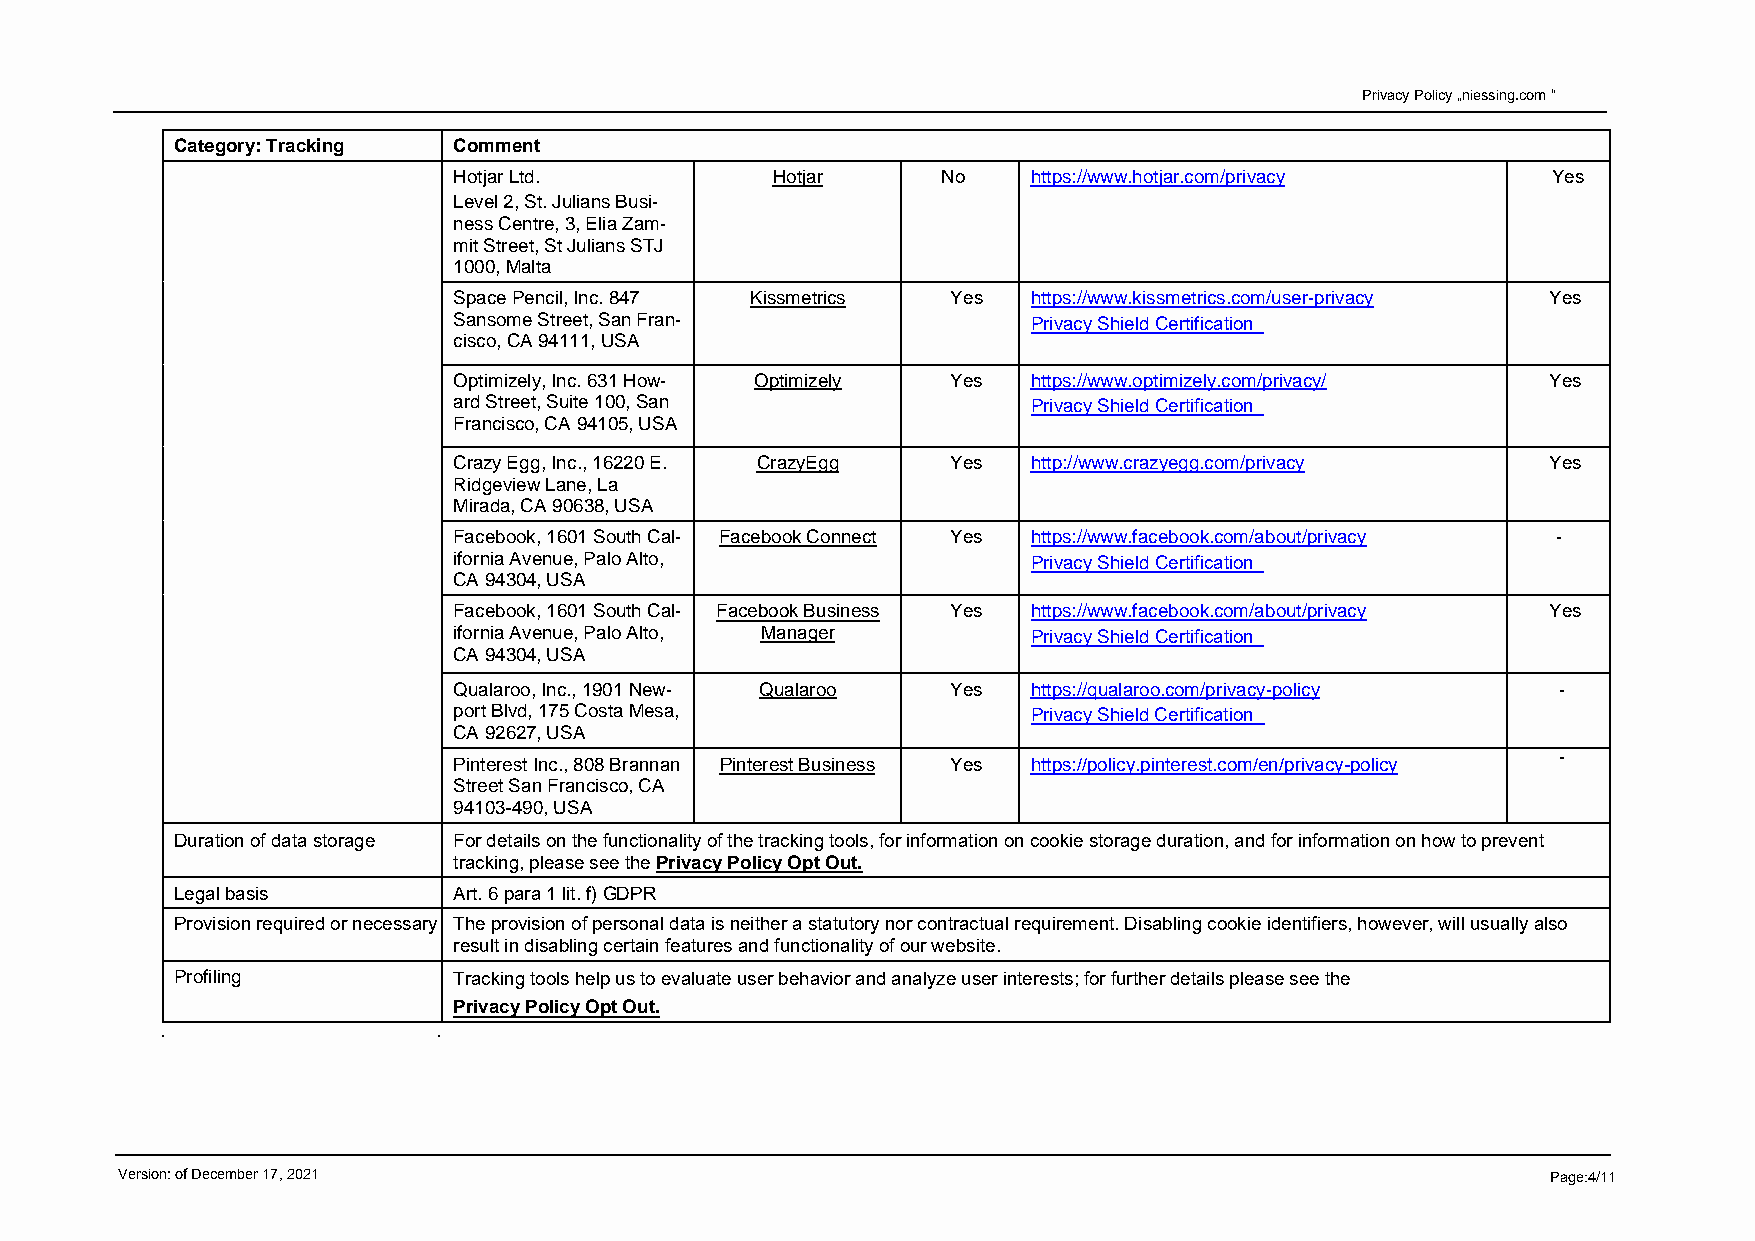
Privacy Policy „niessing.com “
 Category: Tracking Comment
 Hotjar Ltd.          Hotjar     No    https://www.hotjar.com/privacy     Yes
 Level 2, St. Julians Busi-
 ness Centre, 3, Elia Zam-
 mit Street, St Julians STJ
 1000, Malta
 Space Pencil, Inc. 847 Kissmetrics Yes https://www.kissmetrics.com/user-privacy Yes
 Sansome Street, San Fran-             Privacy Shield Certification
 cisco, CA 94111, USA
 Optimizely, Inc. 631 How- Optimizely Yes https://www.optimizely.com/privacy/ Yes
 ard Street, Suite 100, San            Privacy Shield Certification
 Francisco, CA 94105, USA
 Crazy Egg, Inc., 16220 E. CrazyEgg Yes http://www.crazyegg.com/privacy   Yes
 Ridgeview Lane, La
 Mirada, CA 90638, USA
 Facebook, 1601 South Cal- Facebook Connect Yes https://www.facebook.com/about/privacy -
 ifornia Avenue, Palo Alto,            Privacy Shield Certification
 CA 94304, USA
 Facebook, 1601 South Cal- Facebook Business Yes https://www.facebook.com/about/privacy Yes
 ifornia Avenue, Palo Alto, Manager    Privacy Shield Certification
 CA 94304, USA
 Qualaroo, Inc., 1901 New- Qualaroo Yes https://qualaroo.com/privacy-policy -
 port Blvd, 175 Costa Mesa,            Privacy Shield Certification
 CA 92627, USA
 -
 Pinterest Inc., 808 Brannan Pinterest Business Yes https://policy.pinterest.com/en/privacy-policy
 Street San Francisco, CA
 94103-490, USA
 Duration of data storage For details on the functionality of the tracking tools, for information on cookie storage duration, and for information on how to prevent
 tracking, please see the Privacy Policy Opt Out.
 Legal basis       Art. 6 para 1 lit. f) GDPR
 Provision required or necessary The provision of personal data is neither a statutory nor contractual requirement. Disabling cookie identifiers, however, will usually also
 result in disabling certain features and functionality of our website.
 Profiling         Tracking tools help us to evaluate user behavior and analyze user interests; for further details please see the
 Privacy Policy Opt Out.
 Version: of December 17, 2021                                                                  Page:4/11